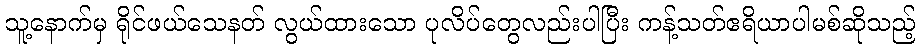
သူ့နောက်မှ ရိုင်ဖယ်သေနတ် လွယ်ထားသော ပုလိပ်တွေလည်းပါပြီး ကန့်သတ်ဧရိယာပါမစ်ဆိုသည့်